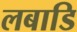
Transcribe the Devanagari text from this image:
लबाडि